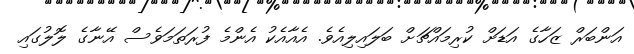
އަންބަރް ޒަހާގެ އަޑަށް ކުރިމައްޗަށް ބަލައިލިއެވެ. އެއާއެކު އެންމެ ފުރަތަމަވެސް އޭނާގެ ލޮލުގައި